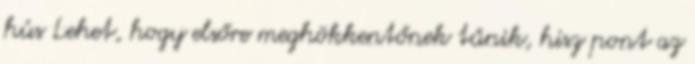
hús Lehet, hogy elsőre meghökkentőnek tűnik, hisz pont az